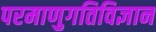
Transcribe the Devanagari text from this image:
परमाणुगतिविज्ञान